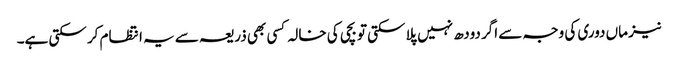
نیز ماں دوری کی وجہ سے اگر دودھ نہیں پلا سکتی تو بچی کی خالہ کسی بھی ذریعہ سے یہ انتظام کر سکتی ہے۔